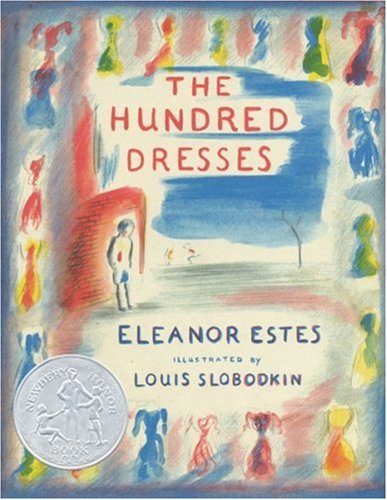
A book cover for The Hundred Dresses; Eleanor Estes; Science & Math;